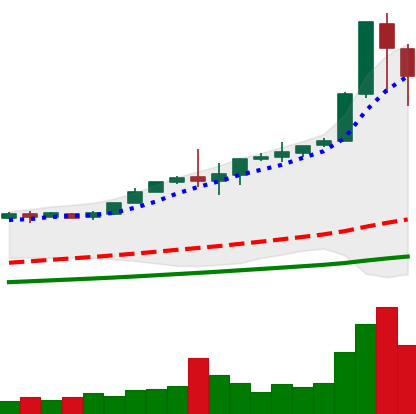
Ticker: BTC-USD
Chart end date: 2017-12-09
Forward return: 9.13%
Label: up_7plus